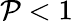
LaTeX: \mathcal{P}<1